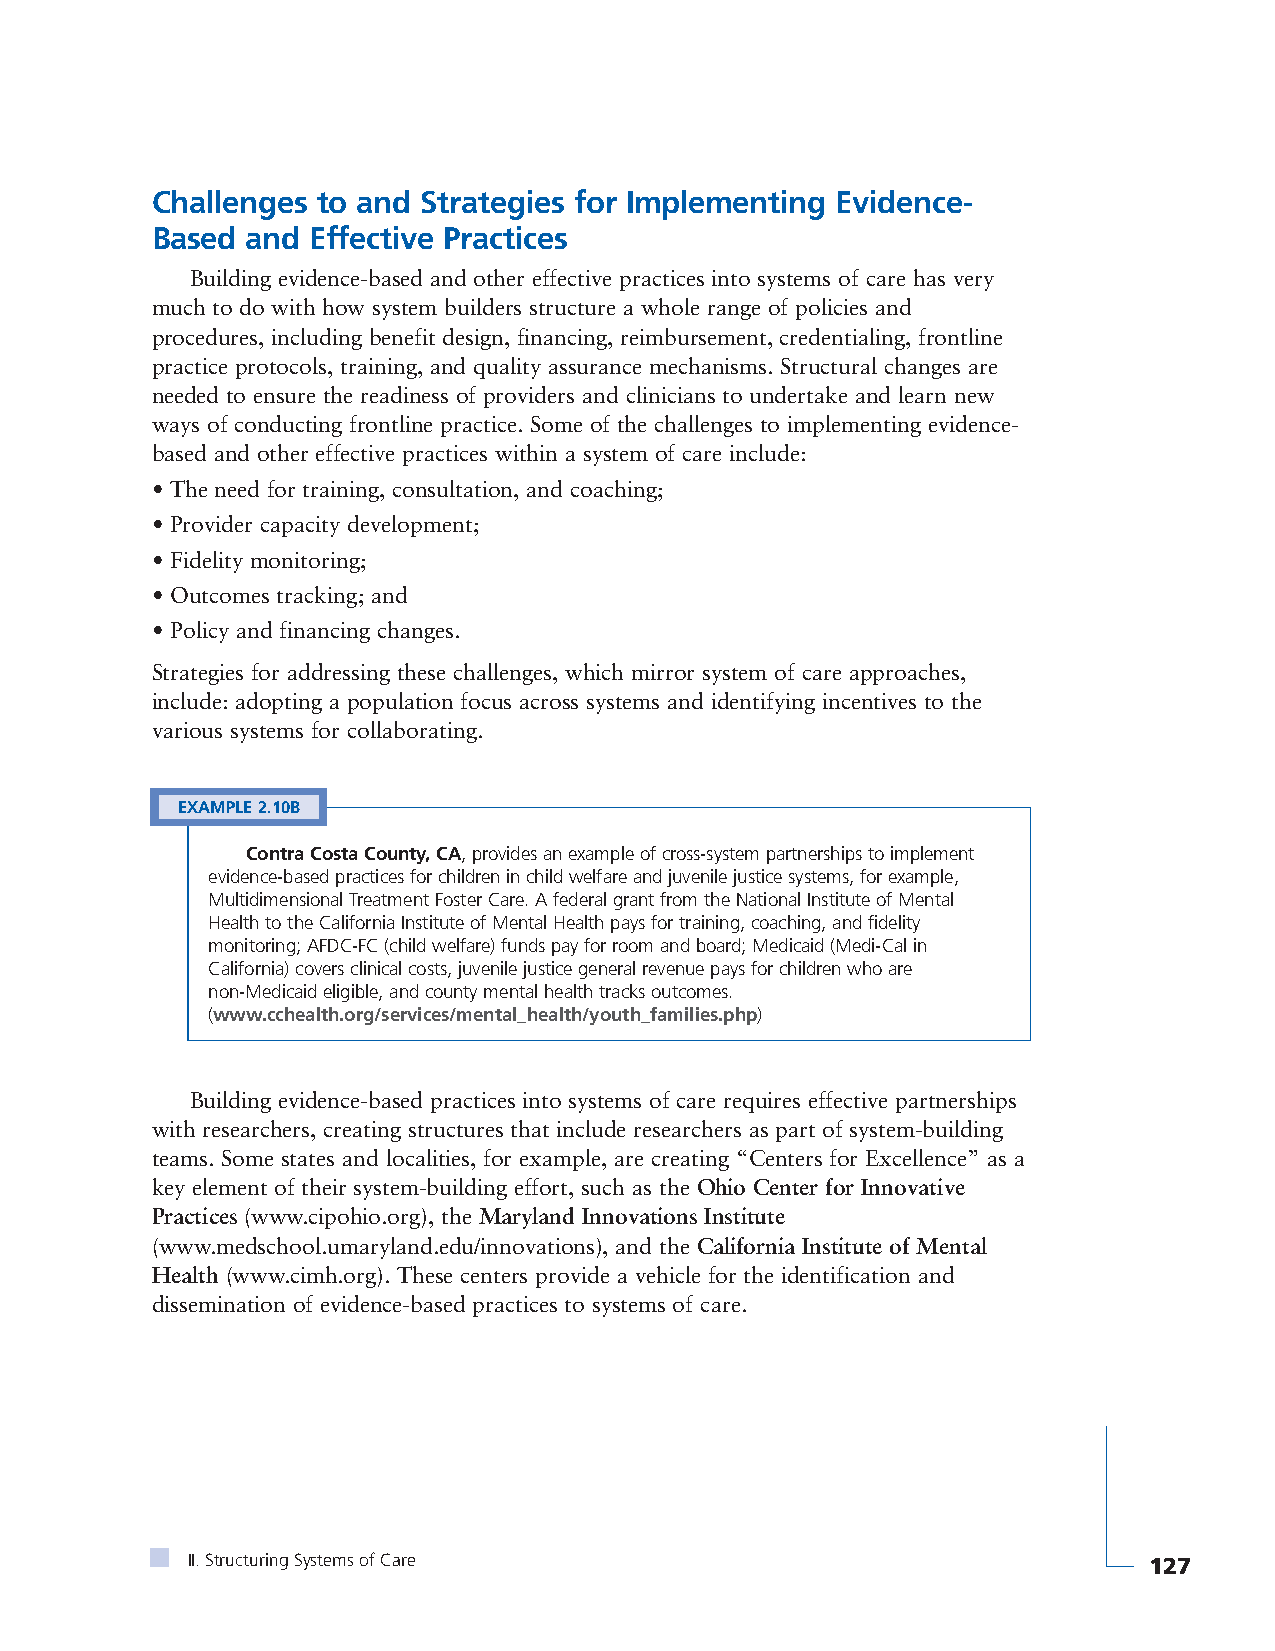
Challenges to and Strategies for Implementing Evidence-
 Based and  Effective Practices
 Building evidence-based and other effective practices into systems of care has very
 much to do with how system builders structure a whole range of policies and
 procedures, including benefit design, financing, reimbursement, credentialing, frontline
 practice protocols, training, and quality assurance mechanisms. Structural changes are
 needed to ensure the readiness of providers and clinicians to undertake and learn new
 ways of conducting frontline practice. Some of the challenges to implementing evidence-
 based and other effective practices within a system of care include:
 • The need for training, consultation, and coaching;
 • Provider capacity development;
 • Fidelity monitoring;
 • Outcomes tracking; and
 • Policy and financing changes.
 Strategies for addressing these challenges, which mirror system of care approaches,
 include: adopting a population focus across systems and identifying incentives to the
 various systems for collaborating.
 EXAMPLE 2.10B
 Contra Costa County, CA, provides an example of cross-system partnerships to implement
 evidence-based practices for children in child welfare and juvenile justice systems, for example,
 Multidimensional Treatment Foster Care. A federal grant from the National Institute of Mental
 Health to the California Institute of Mental Health pays for training, coaching, and fidelity
 monitoring; AFDC-FC (child welfare) funds pay for room and board; Medicaid (Medi-Cal in
 California) covers clinical costs, juvenile justice general revenue pays for children who are
 non-Medicaid eligible, and county mental health tracks outcomes.
 (www.cchealth.org/services/mental_health/youth_families.php)
 Building evidence-based practices into systems of care requires effective partnerships
 with researchers, creating structures that include researchers as part of system-building
 teams. Some states and localities, for example, are creating “Centers for Excellence” as a
 key element of their system-building effort, such as the Ohio Center for Innovative
 Practices (www.cipohio.org), the Maryland Innovations Institute
 (www.medschool.umaryland.edu/innovations), and the California Institute of Mental
 Health (www.cimh.org). These centers provide a vehicle for the identification and
 dissemination of evidence-based practices to systems of care.
 II. Structuring Systems of Care                                 127